Annual report of the Punjab Veterinary College and of the Civil Veterinary Department, Punjab - 1920-1925
Year: 1920
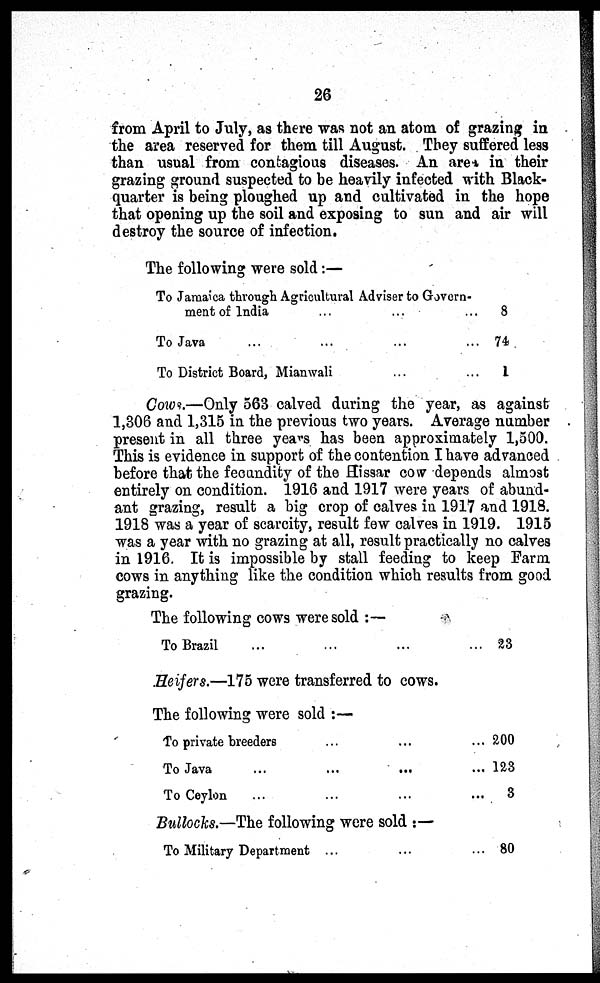
26
from April to July, as there was not an atom of grazing in
the area reserved for them till August. They suffered less
than usual from contagious diseases. An area in their
grazing ground suspected to be heavily infected with Black-
quarter is being ploughed up and cultivated in the hope
that opening up the soil and exposing to sun and air will
destroy the source of infection.
The following were sold:—
To Jamaica through Agricultural Adviser to Govern-
ment of India ... ... ...
To Java ... ... ... ...
To District Board, Mianwali ... ...
8
74
1
Cows.—Only 563 calved during the year, as against
1,306 and 1,315 in the previous two years. Average number
present in all three years has been approximately 1,500.
This is evidence in support of the contention I have advanced
before that the fecundity of the Hissar cow depends almost
entirely on condition. 1916 and 1917 were years of abund-
ant grazing, result a big crop of calves in 1917 and 1918.
1918 was a year of scarcity, result few calves in 1919. 1915
was a year with no grazing at all, result practically no calves
in 1916. It is impossible by stall feeding to keep Farm
cows in anything like the condition which results from good
grazing.
The following cows were sold:—
To Brazil ... ... ...
Heifers.—175 were transferred to cows.
The following were sold:—
To private breeders ... ...
To Java
...
...
...
To Ceylon ... ... ...
Bullocks.—The following were sold:—
To Military Department ... ...
... 23
... 200
... 123
...
3
... 80